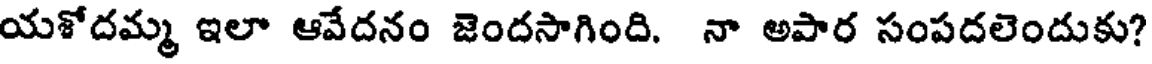
యశోదమ్మ ఇలా ఆవేదనం జెందసాగింది. నా అపార సంపదలెందుకు?